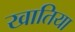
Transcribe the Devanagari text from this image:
खातिया